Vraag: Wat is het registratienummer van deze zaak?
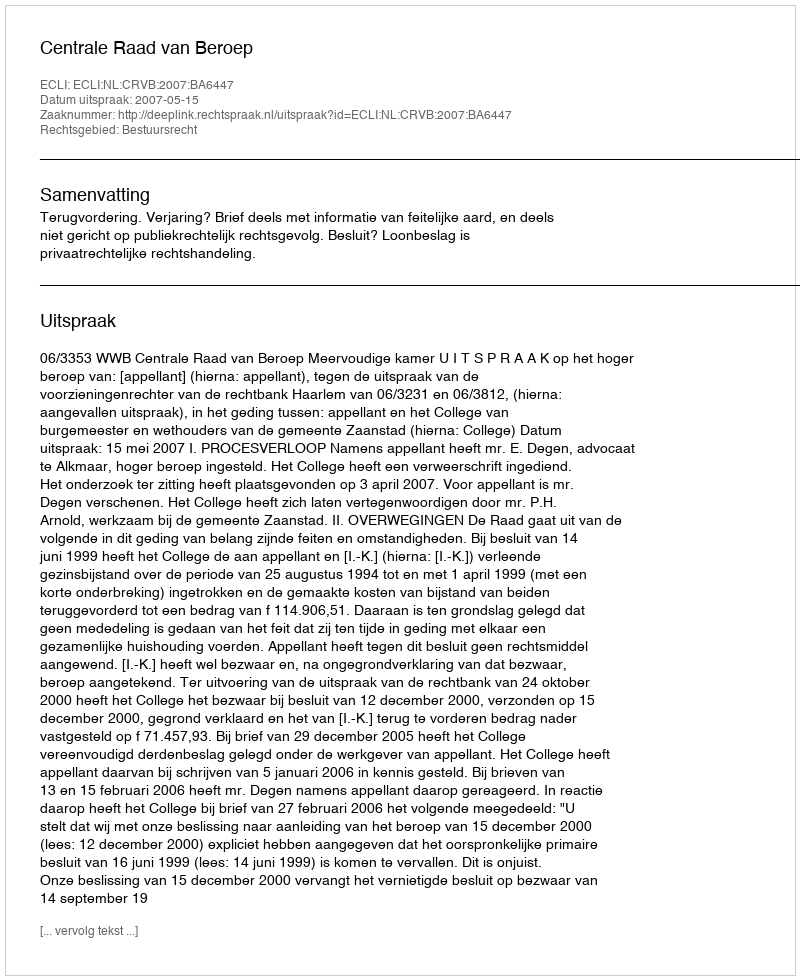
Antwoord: http://deeplink.rechtspraak.nl/uitspraak?id=ECLI:NL:CRVB:2007:BA6447